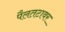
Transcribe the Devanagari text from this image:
पैलतटावर